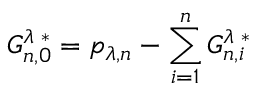
G _ { n , 0 } ^ { \lambda \; * } = p _ { \lambda , n } - \sum _ { i = 1 } ^ { n } G _ { n , i } ^ { \lambda \; * }